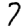
Digit: 7